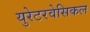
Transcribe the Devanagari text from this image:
युरेटरवेसिकल